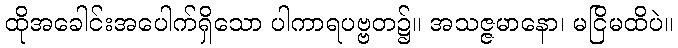
ထိုအခေါင်းအပေါက်ရှိသော ပါကာရပဗ္ဗတ၌။ အသဇ္ဇမာနော၊ မငြိမထိပဲ။